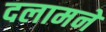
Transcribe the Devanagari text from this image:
दलामने